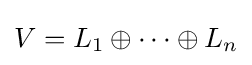
V=L_{1}\oplus \cdots \oplus L_{n}